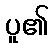
ပူ၏